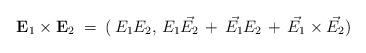
LaTeX: \begin{align*}{\bf E}_1 \times {\bf E}_2 \; = \; (\,E_1 E_2, \, E_1 \vec{E_2}\, + \, \vec{E_1}E_2 \, + \, \vec{E_1} \times \vec{E_2})\end{align*}